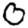
Digit: 0